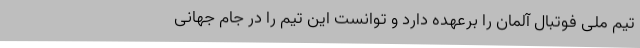
تیم ملی فوتبال آلمان را برعهده دارد و توانست این تیم را در جام جهانی